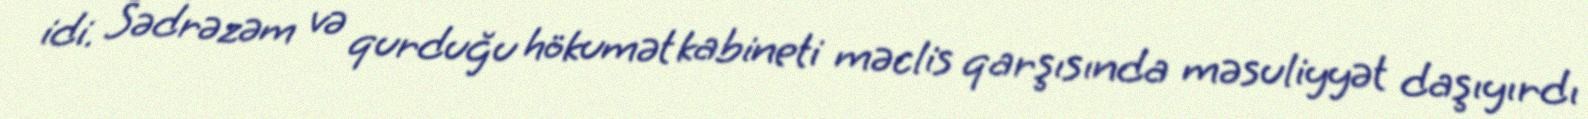
idi. Sədrəzəm və qurduğu hökumət kabineti məclis qarşısında məsuliyyət daşıyırdı